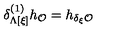
\delta _ { \Lambda [ \xi ] } ^ { ( 1 ) } h _ { \cal O } = h _ { \delta _ { \xi } { \cal O } }